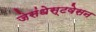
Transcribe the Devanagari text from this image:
जेसंधेस्टवेसन